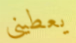
يعطينى